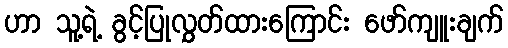
ဟာ သူ့ရဲ့ ခွင့်ပြုလွှတ်ထားကြောင်း ဖော်ကျူးချက်